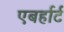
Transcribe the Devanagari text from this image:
एबर्हार्ट